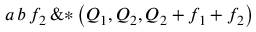
{ a } \, { b } \, { { f } _ { 2 } } \, \mathrm { \& * } \left( \! \, { { Q } _ { 1 } } , { { Q } _ { 2 } } , { { Q } _ { 2 } } + { { f } _ { 1 } } + { { f } _ { 2 } } \, \! \right)